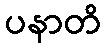
ပနာတိ